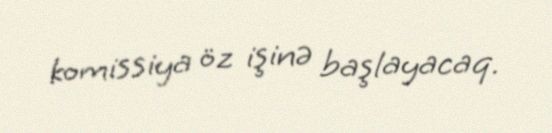
komissiya öz işinə başlayacaq.